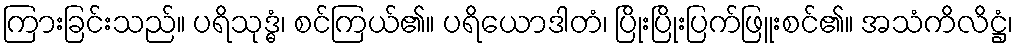
ကြားခြင်းသည်။ ပရိသုဒ္ဓံ၊ စင်ကြယ်၏။ ပရိယောဒါတံ၊ ပြိုးပြိုးပြက်ဖြူးစင်၏။ အသံကိလိဋ္ဌံ၊